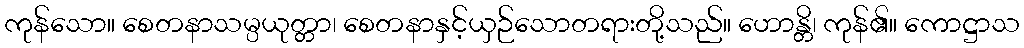
ကုန်သော။ စေတနာသမ္ပယုတ္တာ၊ စေတနာနှင့်ယှဉ်သောတရားတို့သည်။ ဟောန္တိ၊ ကုန်၏။ ကောဋ္ဌာသ